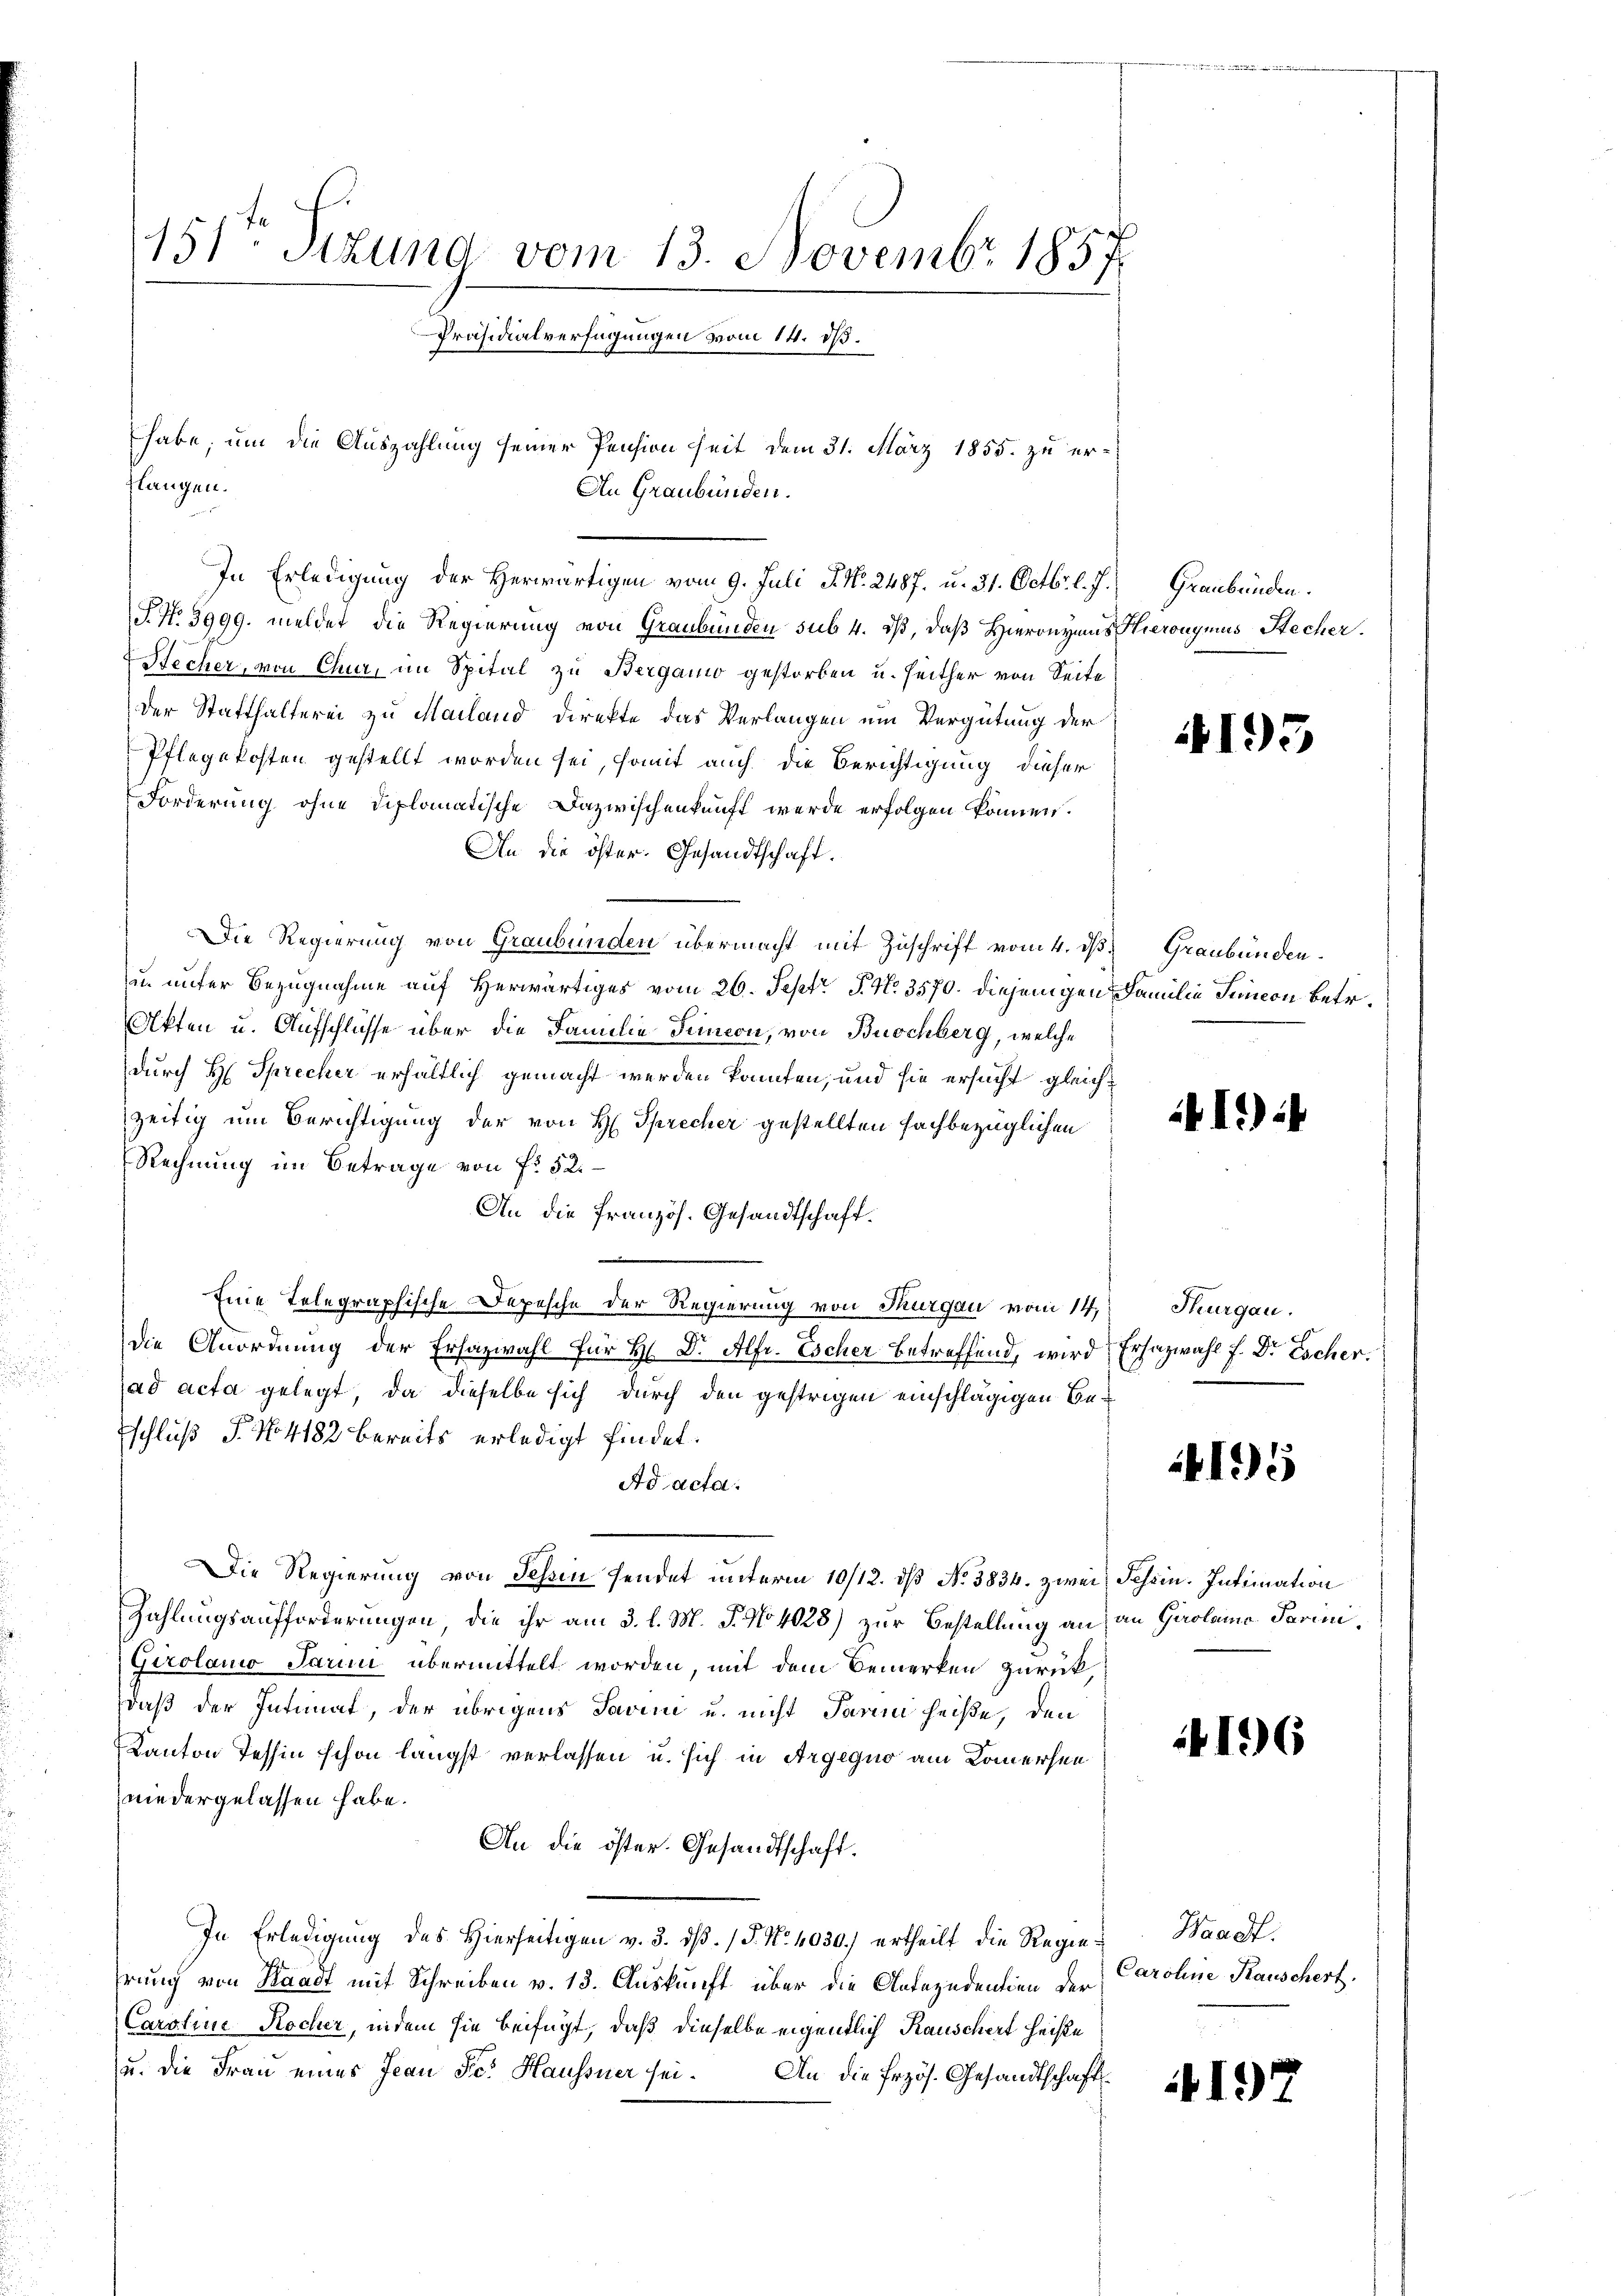
151ten Stund vom 13. Novembr 1857
Präsidialverfügungen vom 14. d.

T. No 3999. meldet die Regierung von Graubünden sub. 4. dß, daß Hieronymus Hieronymus Stecher.
Hecher, von Chur, im Spital zu Bergamo gestorben u. seither von Seite
der Statthalterei zu Mailand direkte das Verlangen ein Vergütung der
Pflegekosten gestellt worden sei, somit auch die Berichtigung dieser
Forderung ohne diplomatische Dazwischenkunft werde erfolgen können.
An die öster. Gesandtschaft.
Die Regierung von Graubünden übermacht mit Zuschrift vom 4. d
in unter Bezugnahme auf Herwärtiges vom 26. Sept. P. No. 3570. diejenigen Familie Senion betr.
Akten u. Aufschlüsse über die Familie Simeon, von Buochberg, welche
durch H. Sprecher erhältlich gemacht werden konnten, und sie ersucht gleich
zeitig um Berichtigung der von H. Sprecher gestellten sachbezüglichen
Rechnung im Betrage von f. 52.
An die französ. Gesandtschaft.
Eine Telegraphische Depesche der Regierung von Thurgau vom 14. Thurgau.
die Anordnung der Erhazwahl für H. Dr. Alfr. Escher betreffend, wird
ad acta gelegt, da dieselbe sich durch den gestrigen einschlägigen Beschluß P. No. 4182 bereits erledigt findet.
Ad acta.
Die Regierung von Schin sendet unterm 10/12. ds No 3834. zwei
Zahlungsaufforderungen, die ihr am 3. l. M. J. No 4028) zur Bestellung an
Girolamo Parii übermittelt worden, mit dem Bemerken zurück,
daß der Intimat, der übrigens Savini u. nicht Paren heiße, den
Kanton Tessin schon längst verlassen u. sich in Argequo am Kommersen
niedergelassen habe.
An die öster. Gesandtschaft.
In Erledigung des Hierseitigen v. 3. dß. / P. Nr. 4030.) ertheilt die Regiehrung von Waadt mit Schreiben v. 13. Auskunft über die Antezudentien der
Caroline Rocher, indem sie beifügt, daß dieselbe eigentlich Rauschert heiße
u. die Frau eines Jean Sr. Haussner sei. An die Erzös. Gesandtschafts¬

flangen.
An Graubünden.
In Erledigung der Herwärtigen vom 9. Juli P. Nr. 2487. u. 31. Octbr. l. J.) Graubünden.

habe, um die Auszahlung seiner Pension seit dem 31. März 1855. zu er-

195

3) Graubünden.

41):

Erhazwahl f. Dr Escher.

4195

Tessin. Intimation
an Gerolamo darini,

196

Waadt.
Caroline Kauschert.

4197